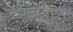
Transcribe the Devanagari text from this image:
पृष्ठामध्ये